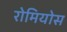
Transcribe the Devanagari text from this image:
रोमियोस